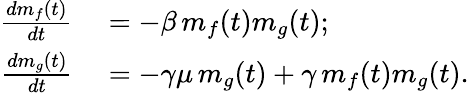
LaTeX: \begin{array}{rl}{\frac{dm_{f}(t)}{dt}}&{{}=-\beta\, m_{f}(t)m_{g}(t);}\\ {\frac{dm_{g}(t)}{dt}}&{{}=-\gamma\mu\, m_{g}(t)+\gamma\, m_{f}(t)m_{g}(t).}\end{array}